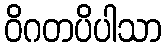
ဝိဂတပိပါသာ